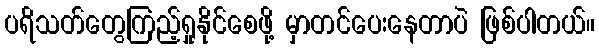
ပရိသတ်တွေကြည့်ရှုနိုင်စေဖို့ မှာတင်ပေးနေတာပဲ ဖြစ်ပါတယ်။